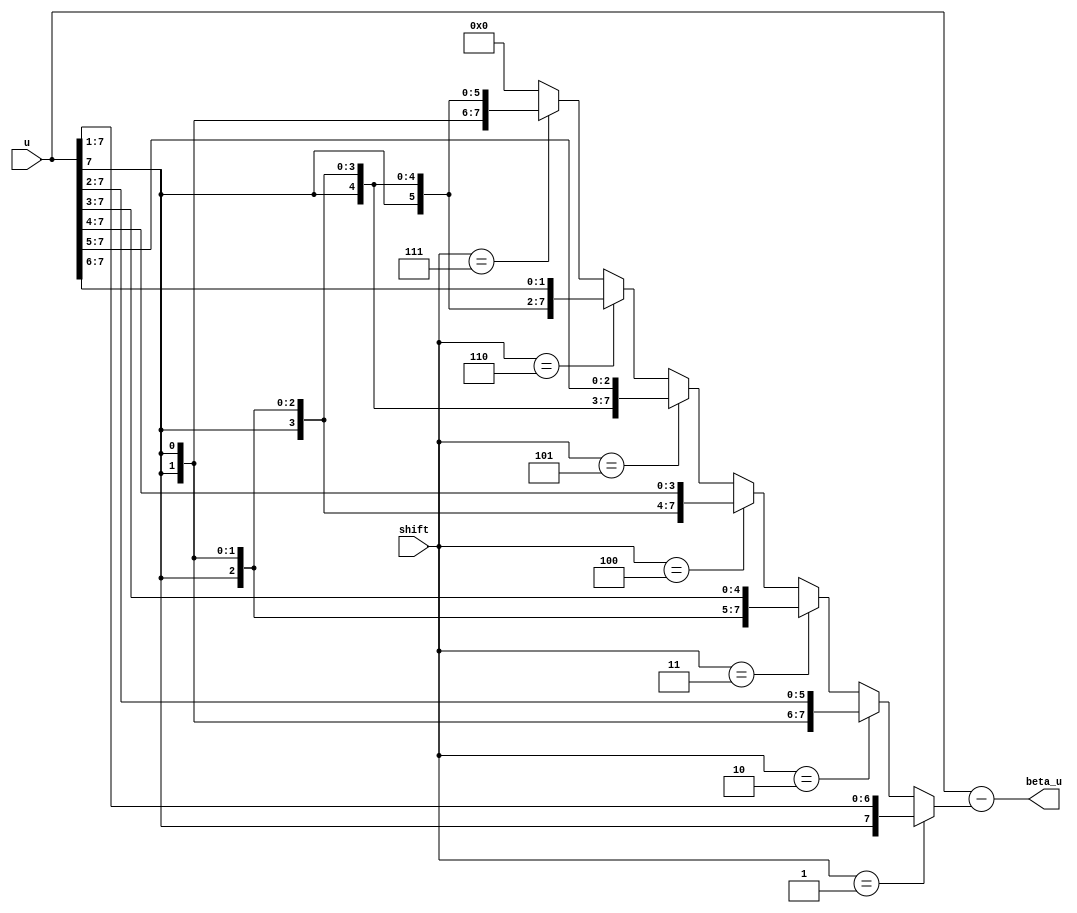
module membrane_decay #(parameter n_stage = 6) (
    input signed [(n_stage+1):0] u,
    input [2:0] shift,
    output signed [(n_stage+1):0] beta_u
);

    wire signed [(n_stage+1):0] gamma_u;

    // --    beta |  shift   -- gamma=1-beta
    // --  1      |    0
    // -- 0.5     |    1
    // -- 0.75    |    2
    // -- 0.875   |    3
    // -- 0.9375  |    4
    // -- 0.96875 |    5
    // -- 0.98438 |    6
    // -- 0.99219 |    7
    
    // Assign gamma_u based on shift
    assign gamma_u = (shift == 3'b001) ? u >> 1 :
                     (shift == 3'b010) ? u >> 2 :
                     (shift == 3'b011) ? u >> 3 :
                     (shift == 3'b100) ? u >> 4 :
                     (shift == 3'b101) ? u >> 5 :
                     (shift == 3'b110) ? u >> 6 :
                     (shift == 3'b111) ? u >> 7 :
                     0; // no decay

    assign beta_u = u - gamma_u;

endmodule


module membrane_reset #(parameter n_stage = 6) (
    input signed [(n_stage+1):0] u,
    input [n_stage:0] threshold,
    input spike,
    output signed [(n_stage+1):0] u_out
);
    wire signed [(n_stage+1):0] u_after_reset = u - $signed({1'b0, threshold});

    // Reset membane if spike happened
    assign u_out = spike ? u_after_reset : u;

endmodule